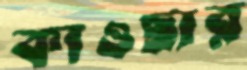
কাওছার